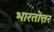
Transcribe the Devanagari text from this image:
भारतोत्तर